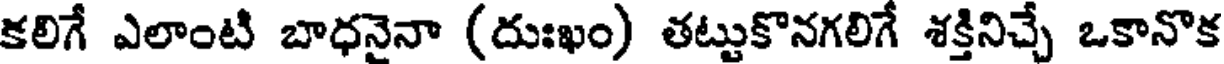
కలిగే ఎలాంటి బాధనైనా (దుఃఖం) తట్టుకొనగలిగే శక్తినిచ్చే ఒకానొక